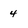
Character: 4